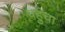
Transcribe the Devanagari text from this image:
पहुुंचा